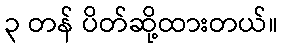
၃ တန် ပိတ်ဆို့ထားတယ်။